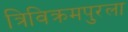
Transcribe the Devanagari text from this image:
त्रिविक्रमपुरला